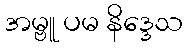
အမ္ဗူ ပမ နိဒ္ဒေသ